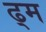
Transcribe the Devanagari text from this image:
ढ्म